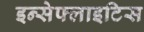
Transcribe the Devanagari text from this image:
इन्सेफ्लाइटिस